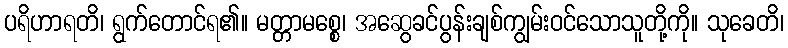
ပရိဟာရတိ၊ ရွက်တောင်ရ၏။ မတ္တာမစ္စေ၊ အဆွေခင်ပွန်းချစ်ကျွမ်းဝင်သောသူတို့ကို။ သုခေတိ၊